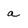
Character: a